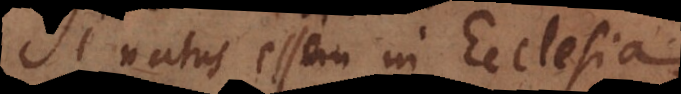
Si natus essem in Ecclesia